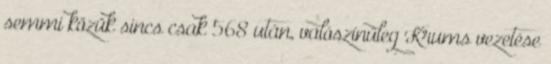
semmi közük sincs csak 568 után, valószínűleg Krums vezetése